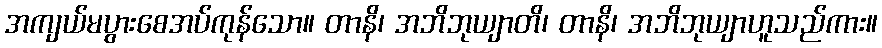
အကျယ်မပွားစေအပ်ကုန်သော။ တာနိ၊ အဘိဘုယျာတိ၊ တာနိ၊ အဘိဘုယျာဟူသည်ကား။